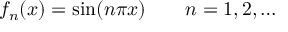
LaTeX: f _ { n } ( x ) = \sin ( n \pi x ) \qquad n = 1 , 2 , \ldots